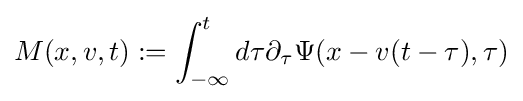
M(x,v,t):=\int _{-\infty }^{t}d\tau \partial _{\tau }\Psi (x-v(t-\tau ),\tau )